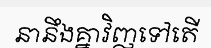
នានឹងគ្នាវិញទៅតើ